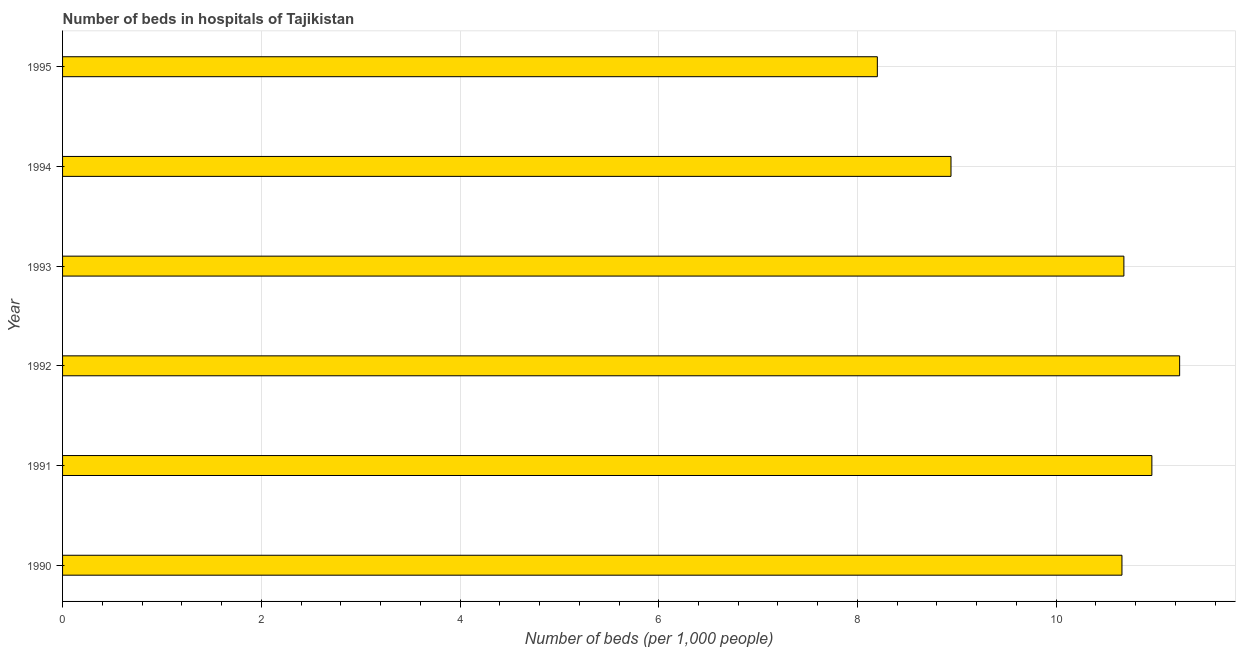
| Year | Hospital beds |
 | --- | --- |
 | 1990 | 10.7 |
 | 1991 | 11 |
 | 1992 | 11.2 |
 | 1993 | 10.7 |
 | 1994 | 8.94 |
 | 1995 | 8.2 |